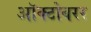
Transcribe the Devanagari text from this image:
ऑक्टोबरर